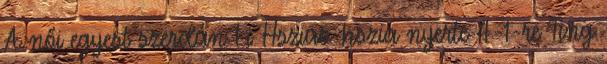
A női egyest szerdán Li Hsziao-hszia nyerte 4-1-re Ting